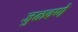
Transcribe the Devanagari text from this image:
जुळवणे